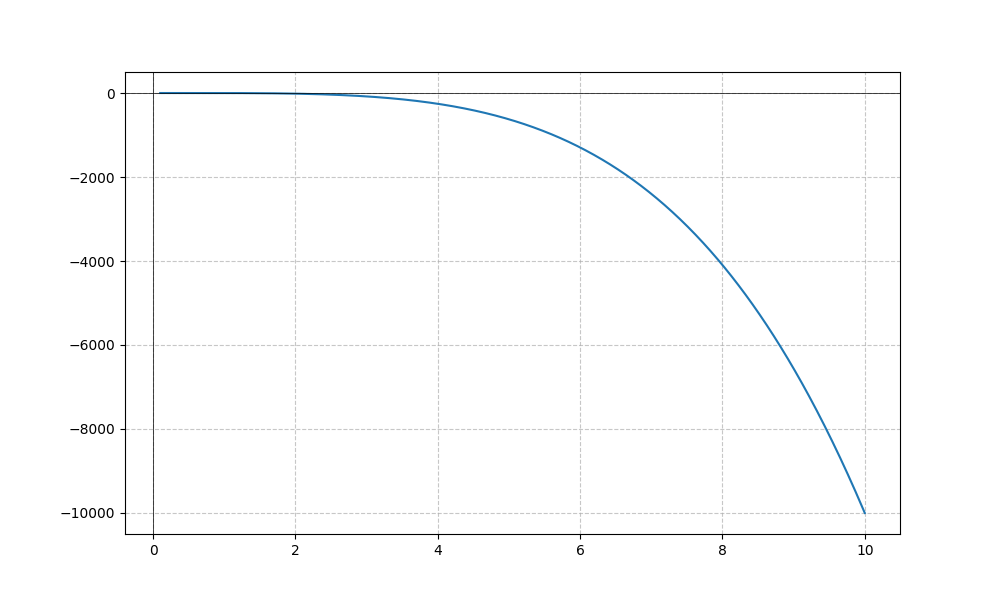
LaTeX formula: - x^{4} + \sin{\left(x \right)}